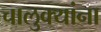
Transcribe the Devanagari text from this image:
चालुक्यांना